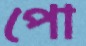
পো